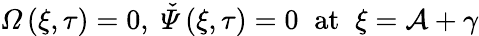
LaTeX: \mathit{\Omega}\left(\xi,\tau\right)=0,\; \mathit{\check{\Psi}}\left(\xi,\tau\right)=0\; \; \mathrm{at}\; \; \xi=\mathcal{A}+\gamma